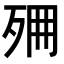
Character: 𣧺